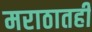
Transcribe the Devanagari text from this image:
मराठातही